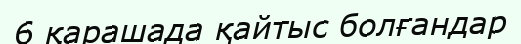
6 қарашада қайтыс болғандар